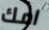
امك